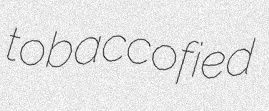
tobaccofied